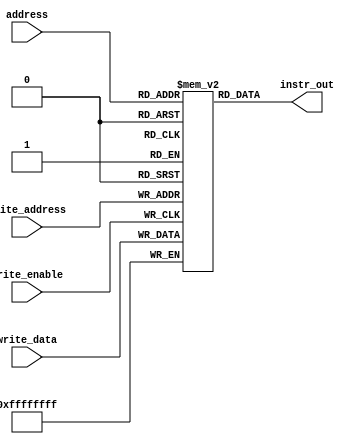
/*
Name: Aniket Suhas Borkar, Rollno. 210135
Name: Vikas Yadav, Rollno. 211166
*/

module inst_mem(
    input wire [7:0] address,
    input wire write_enable,
    input wire [7:0] write_address,
    input wire [31:0] write_data,
    output wire [31:0] instr_out
);

reg [31:0] memory [255:0];

assign instr_out = memory[address];
integer i;

initial begin
    for (i = 0; i < 255 ; i = i + 1) begin
        memory[i] = 0;
    end

    //code for bubble sort
    memory[0] = {6'b001000 , 5'd0 , 5'd23 , 16'd0}; //addi
    memory[1] = {6'b001000 , 5'd0 , 5'd16 , 16'd0}; //addi
    memory[2] = {6'b001000 , 5'd0 , 5'd22 , 16'd9}; //addi
    memory[3] = {6'b001000 , 5'd0 , 5'd17 , 16'd0}; //addi
    memory[4] = {6'b000000 , 5'd17 , 5'd23 , 5'd15 , 5'd0 , 6'd32}; //add
    memory[5] = {6'b100011 , 5'd15 , 5'd8, 16'd0}; //lw
    memory[6] = {6'b100011 , 5'd15 , 5'd9, 16'd1}; //lw
    memory[7] = {6'b000000 , 5'd8  , 5'd9, 5'd10 , 5'd0, 6'b101010}; //slt
    memory[8] = {6'b000101 , 5'd10 , 5'd0, 16'd2}; //bne
    memory[9] = {6'b101011 , 5'd15 , 5'd9, 16'd0}; //sw
    memory[10] = {6'b101011 , 5'd15 , 5'd8, 16'd1}; //sw
    memory[11] = {6'b001000 , 5'd17 , 5'd17 , 16'd1}; //addi
    memory[12] = {6'b000000 , 5'd22 , 5'd16 , 5'd21 , 5'd0 , 6'd34}; //sub
    memory[13] = {6'b000101 , 5'd17 , 5'd21, 16'd65526}; //bne
    memory[14] = {6'b001000 , 5'd16 , 5'd16 , 16'd1}; //addi
    memory[15] = {6'b001000 , 5'd0 , 5'd17 , 16'd0} ;//addi
    memory[16] = {6'b000101 , 5'd16 , 5'd22, 16'd65523}; //bne
end

always @(posedge write_enable) begin
    memory[write_address] <= write_data;
end

endmodule